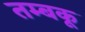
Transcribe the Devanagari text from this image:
तम्बकू